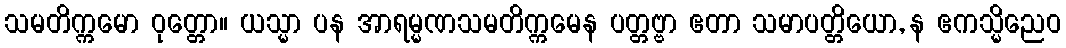
သမတိက္ကမော ဝုတ္တော။ ယသ္မာ ပန အာရမ္မဏသမတိက္ကမေန ပတ္တဗ္ဗာ ဧတာ သမာပတ္တိယော, န ဧကသ္မိညေဝ